Indian journal of veterinary science and animal husbandry - Volume 1,
Year: 1931
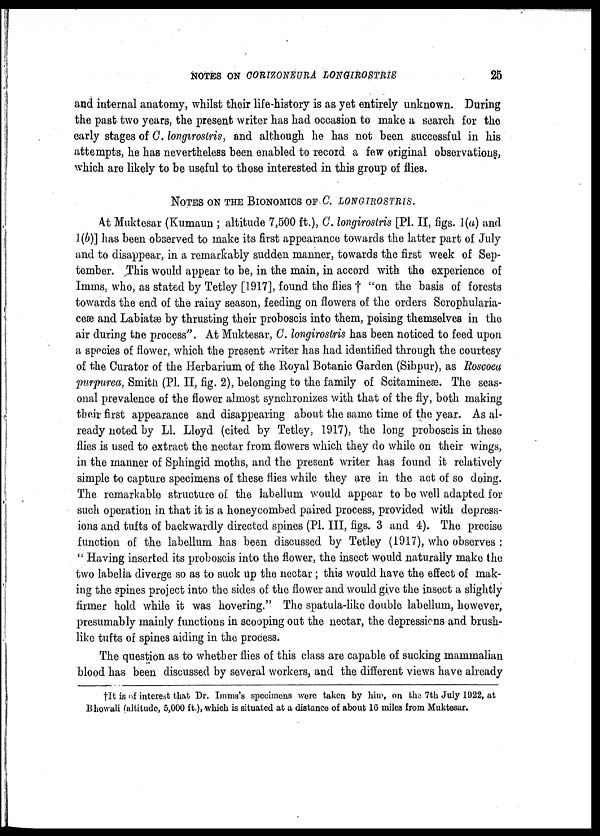
NOTES ON
CORIZONEURA
LONGIROSTRIS
25
and internal anatomy, whilst their life-history is as yet entirely unknown. During
the past two years, the present writer has had occasion to make a search for the
early stages of C. longirostris, and although he has not been successful in his
attempts, he has nevertheless been enabled to record a few original observations,
which are likely to be useful to those interested in this group of flies.
NOTES ON THE BIONOMICS OF C. LONGIROSTRIS.
At Muktesar (Kumaun ; altitude 7,500 ft.), C. longirostris [P1. II, figs. 1(a) and
1(b)] has been observed to make its first appearance towards the latter part of July
and to disappear, in a remarkably sudden manner, towards the first week of Sep-
tember. This would appear to be, in the main, in accord with the experience of
Imms, who, as stated by Tetley [1917], found the flies † "on the basis of forests
towards the end of the rainy season, feeding on flowers of the orders Scrophularia-
ceæ and Labiatæ by thrusting their proboscis into them, poising themselves in the
air during the process". At Muktesar, C. longirostris has been noticed to feed upon
a species of flower, which the present vriter has had identified through the courtesy
of the Curator of the Herbarium of the Royal Botanic Garden (Sibpur), as Roscoea
purpurea, Smith (P1. II, fig. 2), belonging to the family of Scitamineæ. The seas-
onal prevalence of the flower almost synchronizes with that of the fly, both making
their first appearance and disappearing about the same time of the year. As al-
ready noted by L1. Lloyd (cited by Tetley, 1917), the long proboscis in these
flies is used to extract the nectar from flowers which they do while on their wings,
in the manner of Sphingid moths, and the present writer has found it relatively
simple to capture specimens of these flies while they are in the act of so doing.
The remarkable structure of the labellum would appear to be well adapted for
such operation in that it is a honeycombed paired process, provided with depress-
ions and tufts of backwardly directed spines (P1. III, figs. 3 and 4). The precise
function of the labellum has been discussed by Tetley (1917), who observes :
" Having inserted its proboscis into the flower, the insect would naturally make the
two labelia diverge so as to suck up the nectar ; this would have the effect of mak-
ing the spines project into the sides of the flower and would give the insect a slightly
firmer hold while it was hovering." The spatula-like double labellum, however,
presumably mainly functions in scooping out the nectar, the depressions and brush-
like tufts of spines aiding in the process.
The question as to whether flies of this class are capable of sucking mammalian
blood has been discussed by several workers, and the different views have already
†It is of interest that Dr. Imms's specimens were taken by him, on the 7th July 1922, at
Bhowali (altitude, 5,000 ft.), which is situated at a distance of about 16 miles from Muktesar.